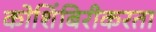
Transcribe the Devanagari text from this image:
कोशिंबिरीकरता